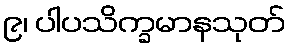
၉၊ ပါပသိက္ခမာနသုတ်